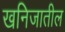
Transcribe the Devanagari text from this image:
खनिजातील